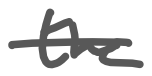
Text: the
Cross-out: single-line
Writing tool: digital_gray